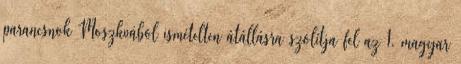
parancsnok Moszkvából ismételten átállásra szólítja fel az 1. magyar